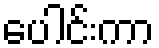
ပေါင်းကာ